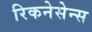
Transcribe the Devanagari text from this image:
रिकनेसेन्स